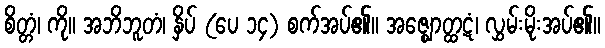
စိတ္တံ၊ ကို။ အဘိဘူတံ၊ နှိပ် (ပေ ၁၄) စက်အပ်၏။ အဇ္ဈောတ္ထဋံ၊ လွှမ်းမိုးအပ်၏။